Indian journal of veterinary science and animal husbandry - Volumes 24-25, 1954-1955
Year: 1954
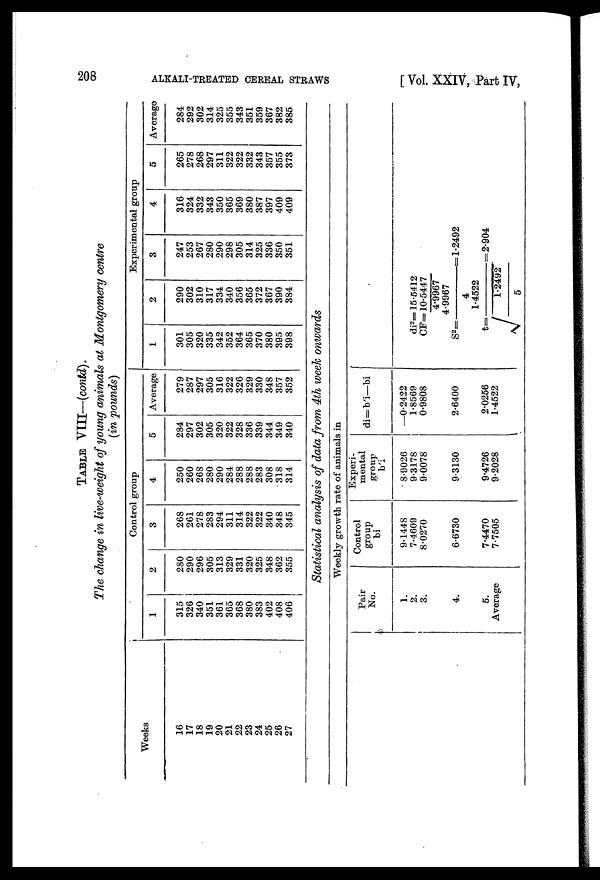
208
ALKALI-TREATED CEREAL STRAWS
[ Vol. XXIV, Part IV,
TABLE VIII—(contd).
The change in live-weight of young animals at Montgomery centre
(in pounds)
Weeks
16
17
18
19
20
21
22
23
24
25
26
27
Control group
1
315
326
340
351
361
365
368
380
383
402
408
406
2
280
290
296
305
313
329
331
320
325
348
362
355
3
268
261
278
283
294
311
314
322
322
340
348
345
4
250
260
268
280
290
284
288
288
283
308
318
314
5
284
297
302
305
320
322
328
336
339
344
349
340
Average
279
287
297
305
316
322
326
329
330
348
357
352
Experimental group
1
301
305
320
335
342
352
364
365
370
380
395
398
2
290
302
310
317
334
340
356
365
372
367
390
384
3
247
253
267
280
290
298
305
314
325
336
350
351
4
316
324
332
343
350
365
369
380
387
397
409
409
5
265
278
268
297
311
322
322
332
343
357
355
373
Average
284
292
302
314
325
355
343
351
359
367
382
385
Statistical analysis of data from 4th week onwards
Weekly growth rate of animals in
Pair
No.
1.
2.
3.
4.
5.
Average
Control
group
bi
9.1448
7.4609
8.0270
6.6730
7.4470
7.7505
Experi
mental
group
b'i
8.9026
9.3178
9.0078
9.3130
9.4726
9.2028
di=b'i—bi
—0.2422
1.8569
0.9808
2.6400
2.0256
1.4522
di 2 = 15.5412
CF= 10. 5447/ 4. 9967
S 2 =4.9967/4=1.2492
t=1.4522/√1.2492/5=2.904